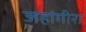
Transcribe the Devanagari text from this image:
जहांगीरा